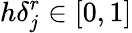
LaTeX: h\delta_{j}^{r}\in[0,1]